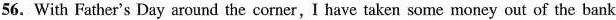
56.With Father's Day around the corner,I have taken some money out of the bank